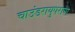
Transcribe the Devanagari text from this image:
चाउंडरायुपराण